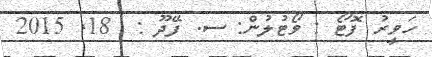
ހަވީރު ފޮޓޯ : ވޯޓުލުން: ސ. ފޭދޫ :  18